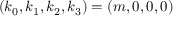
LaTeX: ( k _ { 0 } , k _ { 1 } , k _ { 2 } , k _ { 3 } ) = ( m , 0 , 0 , 0 )